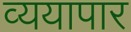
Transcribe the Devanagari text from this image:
व्ययापार